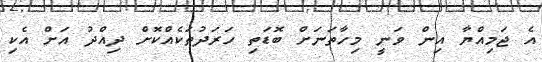
އެ ޖަމިއްޔާ އިން ވަނީ މިހާތަނަށް ބޮޑަތި ހަރަދުތަކެއްކޮށް ދިއްދު އަށް އެކި